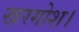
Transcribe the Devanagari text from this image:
खरगोश।